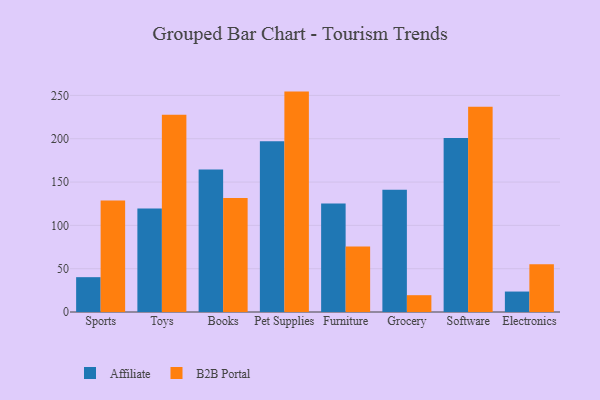
{"axis": {"x": "Category", "y": "Latency (ms)"}, "legend": ["Affiliate", "B2B Portal"], "data": [{"x": "Sports", "y": 40.2, "type": "Affiliate"}, {"x": "Sports", "y": 128.7, "type": "B2B Portal"}, {"x": "Toys", "y": 119.5, "type": "Affiliate"}, {"x": "Toys", "y": 227.7, "type": "B2B Portal"}, {"x": "Books", "y": 164.6, "type": "Affiliate"}, {"x": "Books", "y": 131.5, "type": "B2B Portal"}, {"x": "Pet Supplies", "y": 197.2, "type": "Affiliate"}, {"x": "Pet Supplies", "y": 254.4, "type": "B2B Portal"}, {"x": "Furniture", "y": 125.2, "type": "Affiliate"}, {"x": "Furniture", "y": 75.5, "type": "B2B Portal"}, {"x": "Grocery", "y": 141.1, "type": "Affiliate"}, {"x": "Grocery", "y": 19.4, "type": "B2B Portal"}, {"x": "Software", "y": 200.7, "type": "Affiliate"}, {"x": "Software", "y": 236.9, "type": "B2B Portal"}, {"x": "Electronics", "y": 23.6, "type": "Affiliate"}, {"x": "Electronics", "y": 55.1, "type": "B2B Portal"}]}